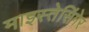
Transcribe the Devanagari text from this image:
माइस्तेसिंगेर